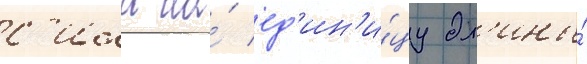
с'ила на́ ед'ин'и́цу дл'ины́